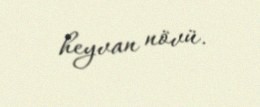
heyvan növü.